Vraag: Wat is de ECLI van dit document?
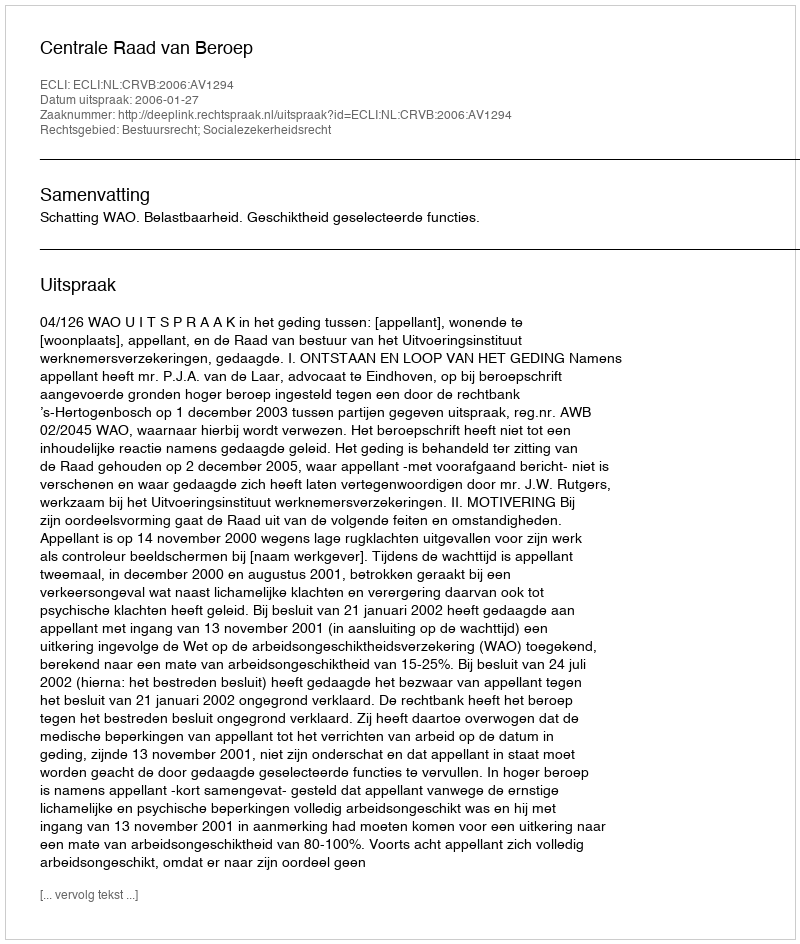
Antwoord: ECLI:NL:CRVB:2006:AV1294